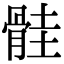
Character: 䯓